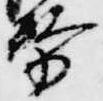
務